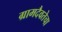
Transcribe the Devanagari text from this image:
ग्रामदैवतेचा